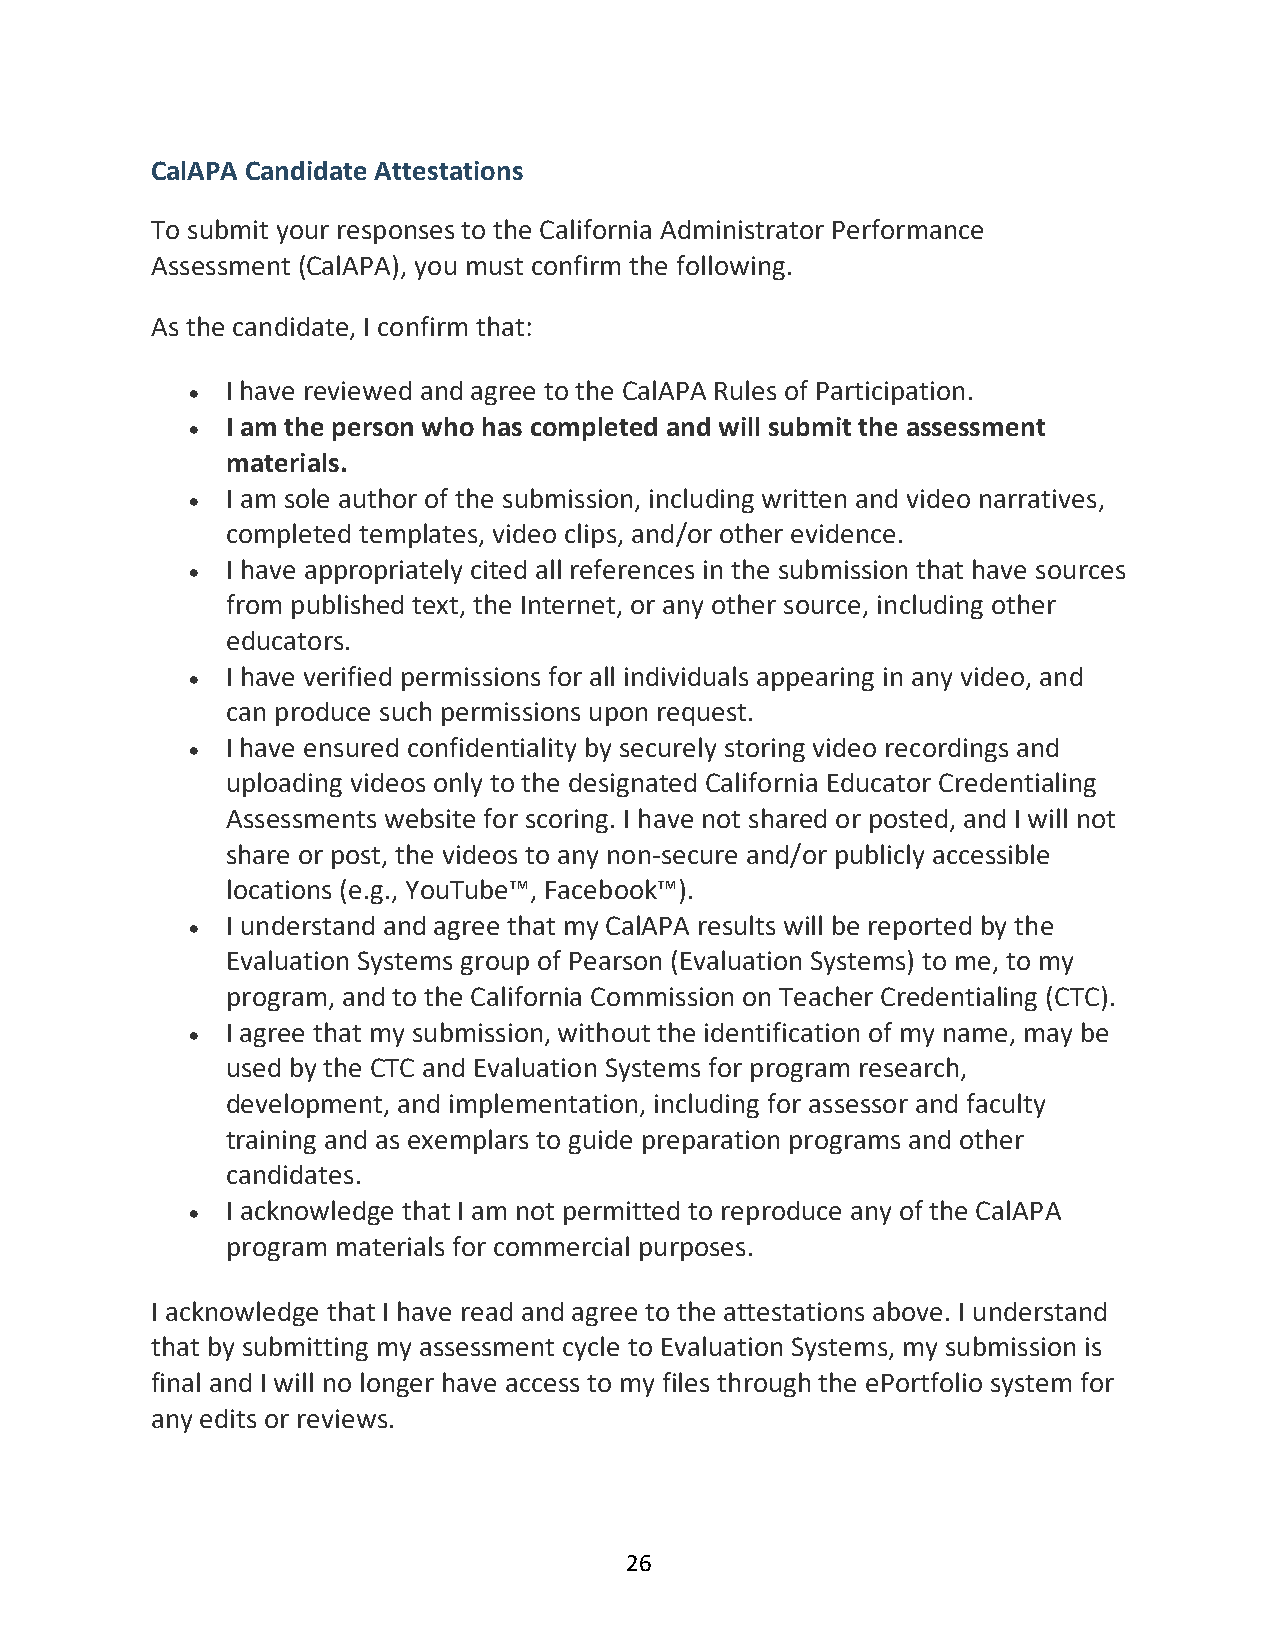
CalAPA Candidate Attestations
 To submit your responses to the California Administrator Performance
 Assessment (CalAPA), you must confirm the following.
 As the candidate, I confirm that:
 •  I have reviewed and agree to the CalAPA Rules of Participation.
 •  I am the person who has completed and will submit the assessment
 materials.
 •  I am sole author of the submission, including written and video narratives,
 completed templates, video clips, and/or other evidence.
 •  I have appropriately cited all references in the submission that have sources
 from published text, the Internet, or any other source, including other
 educators.
 •  I have verified permissions for all individuals appearing in any video, and
 can produce such permissions upon request.
 •  I have ensured confidentiality by securely storing video recordings and
 uploading videos only to the designated California Educator Credentialing
 Assessments website for scoring. I have not shared or posted, and I will not
 share or post, the videos to any non-secure and/or publicly accessible
 locations (e.g., YouTube™, Facebook™).
 •  I understand and agree that my CalAPA results will be reported by the
 Evaluation Systems group of Pearson (Evaluation Systems) to me, to my
 program, and to the California Commission on Teacher Credentialing (CTC).
 •  I agree that my submission, without the identification of my name, may be
 used by the CTC and Evaluation Systems for program research,
 development, and implementation, including for assessor and faculty
 training and as exemplars to guide preparation programs and other
 candidates.
 •  I acknowledge that I am not permitted to reproduce any of the CalAPA
 program materials for commercial purposes.
 I acknowledge that I have read and agree to the attestations above. I understand
 that by submitting my assessment cycle to Evaluation Systems, my submission is
 final and I will no longer have access to my files through the ePortfolio system for
 any edits or reviews.
 26